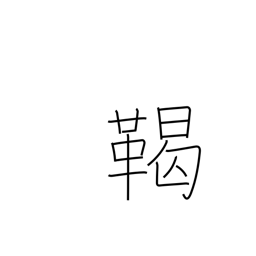
Meaning: tribe name